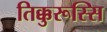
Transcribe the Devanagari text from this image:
तिक्कुरूस्सि